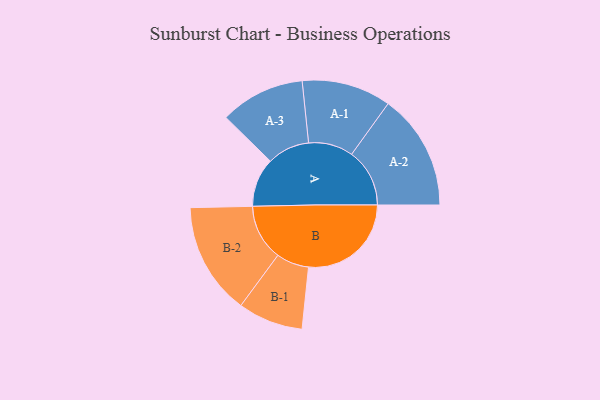
{"axis": {"x": "Segment", "y": "Value"}, "legend": ["", "A", "B"], "data": [{"x": "A", "y": 150, "type": ""}, {"x": "B", "y": 315, "type": ""}, {"x": "A-1", "y": 137, "type": "A"}, {"x": "A-2", "y": 178, "type": "A"}, {"x": "A-3", "y": 130, "type": "A"}, {"x": "B-1", "y": 100, "type": "B"}, {"x": "B-2", "y": 172, "type": "B"}]}